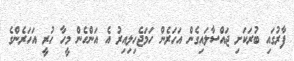
ފާރުގައި ބުރަކަށި ޖައްސާލައިގެން އަހަރެން ހަމަޖެހިލިއިރު އެ އަންހެން މީހާ ހުރީ އަހަރެންގެ